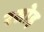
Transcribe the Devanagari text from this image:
रसोइ